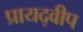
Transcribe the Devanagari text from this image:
प्रायद्‍वीप